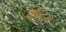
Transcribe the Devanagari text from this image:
बॉल्ट्स